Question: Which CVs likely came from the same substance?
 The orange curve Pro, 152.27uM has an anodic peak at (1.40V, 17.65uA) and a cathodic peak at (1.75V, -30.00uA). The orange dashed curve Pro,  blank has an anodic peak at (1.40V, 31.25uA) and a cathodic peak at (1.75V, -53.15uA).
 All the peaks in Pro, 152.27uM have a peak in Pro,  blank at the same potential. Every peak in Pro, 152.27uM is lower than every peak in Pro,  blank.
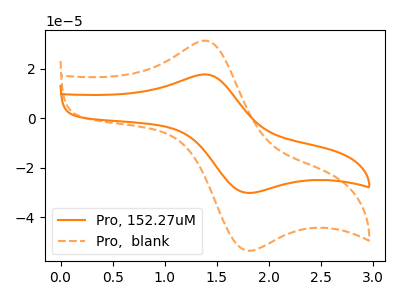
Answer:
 <answer>"Pro,  blank" and "Pro, 152.27uM" have the same shape and are likely CV's of the same chemical.</answer>
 <eval>"Pro,  blank" "Pro, 152.27uM"</eval>